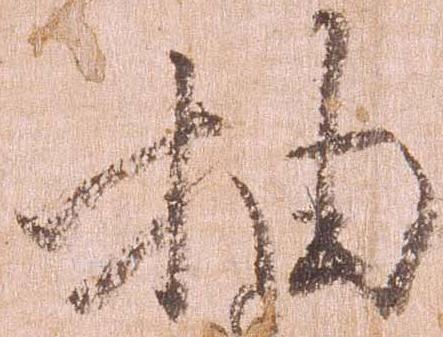
抽